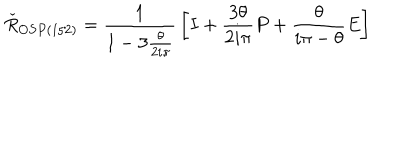
LaTeX: \check { R } _ { O S P ( 1 / 2 ) } = { \frac { 1 } { 1 - 3 { \frac { \theta } { 2 i \pi } } } } \left[ I + { \frac { 3 \theta } { 2 i \pi } } P + { \frac { \theta } { i \pi - \theta } } E \right]